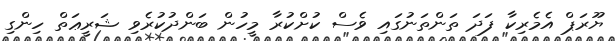
ޔޫރަޕް އެމެރިކާ ފަދަ ތަންތަނުގައި ވެސް ކުށްކުރާ މީހުން ބަންދުކުރެވި ޝަރީޢަތް ހިންގި